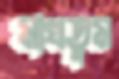
মাখতুম